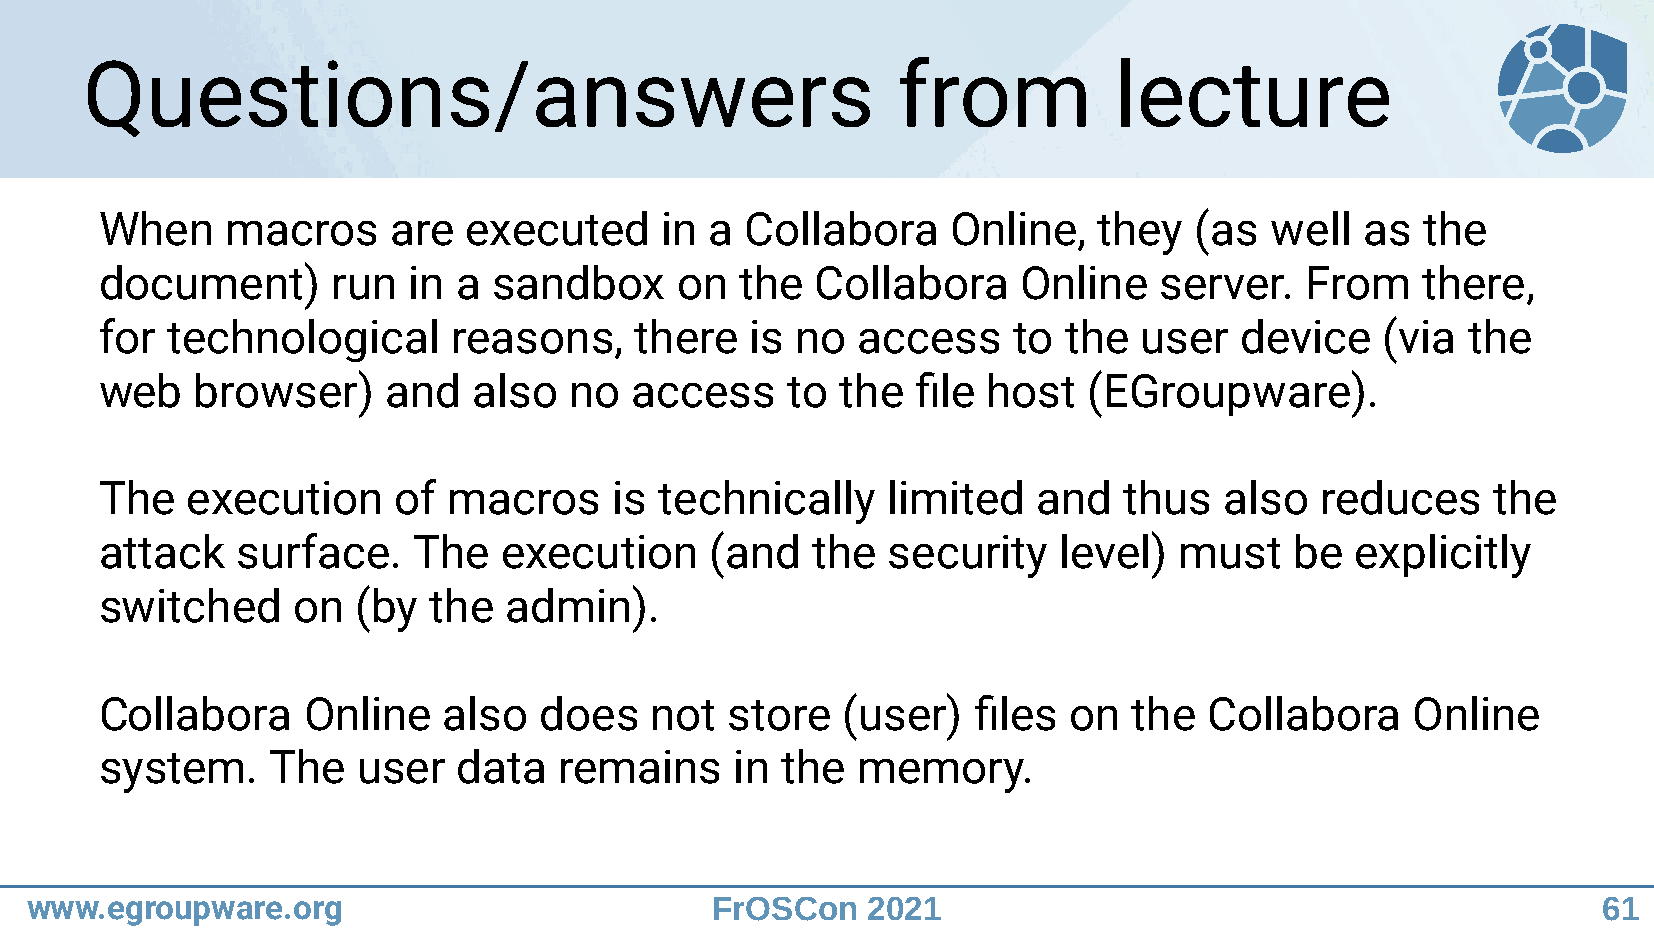
Questions/answers                                     from           lecture
 When    macros     are  executed     in a Collabora     Online,   they  (as  well  as  the
 document)      run  in a  sandbox     on  the  Collabora    Online    server.  From    there,
 for technological      reasons,    there   is no  access    to the  user   device   (via  the
 web   browser)     and  also   no  access    to  the  file host  (EGroupware).
 The  execution     of  macros     is technically    limited   and  thus   also  reduces     the
 attack   surface.   The   execution     (and   the  security   level)  must    be  explicitly
 switched    on   (by the  admin).
 Collabora    Online   also   does   not  store   (user)  files  on  the  Collabora    Online
 system.    The   user  data   remains     in the  memory.
 www.egroupware.org                           FrOSCon   2021                                             61